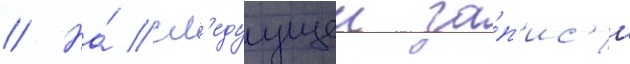
// На́ сл'едуущеи за́п'ис'и